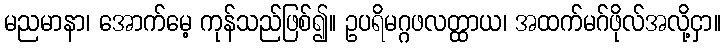
မညမာနာ၊ အောက်မေ့ ကုန်သည်ဖြစ်၍။ ဥပရိမဂ္ဂဖလတ္ထာယ၊ အထက်မဂ်ဖိုလ်အလို့ငှာ။